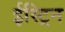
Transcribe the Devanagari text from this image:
ईस्ट्रिन